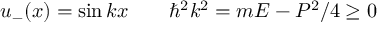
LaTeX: u _ { - } ( x ) = \sin k x \qquad \hbar ^ { 2 } k ^ { 2 } = m E - P ^ { 2 } / 4 \ge 0